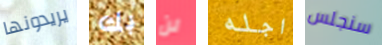
يريدونها بك لن اجله سنجلس